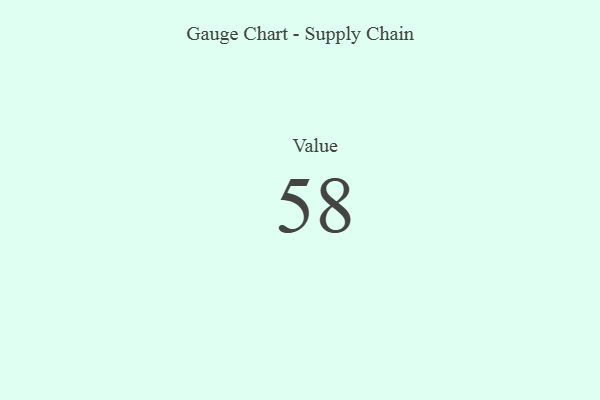
{"axis": {"x": "Metric", "y": "Value"}, "legend": [""], "data": [{"x": "Value", "y": 58, "type": ""}]}